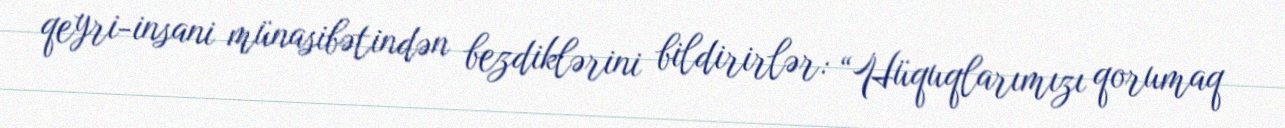
qeyri-insani münasibətindən bezdiklərini bildirirlər: “Hüquqlarımızı qorumaq